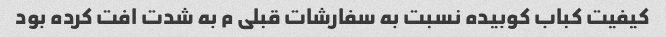
کیفیت کباب کوبیده نسبت به سفارشات قبلی م به شدت افت کرده بود